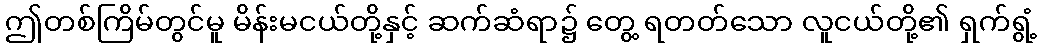
ဤတစ်ကြိမ်တွင်မူ မိန်းမငယ်တို့နှင့် ဆက်ဆံရာ၌ တွေ့ ရတတ်သော လူငယ်တို့၏ ရှက်ရွံ့